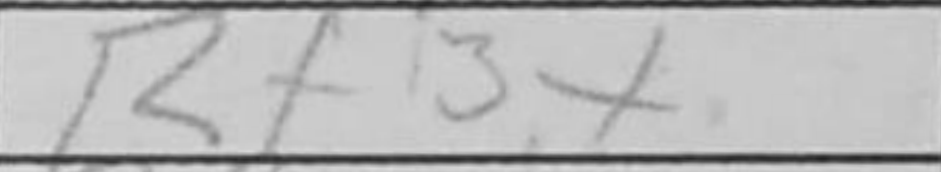
Transcription: Rf3+